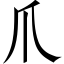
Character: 爪